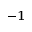
^ { - 1 }